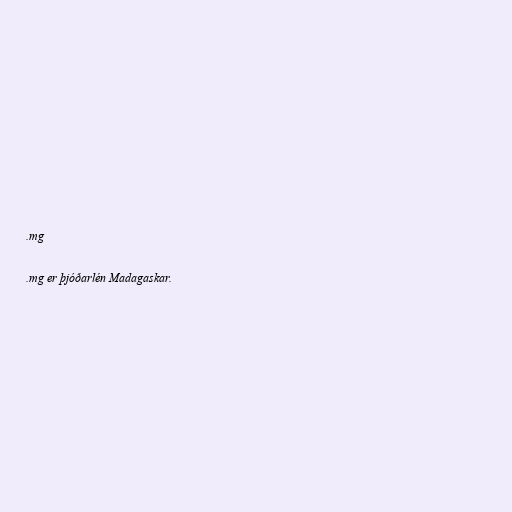
.mg

.mg er þjóðarlén Madagaskar.